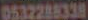
0532288338